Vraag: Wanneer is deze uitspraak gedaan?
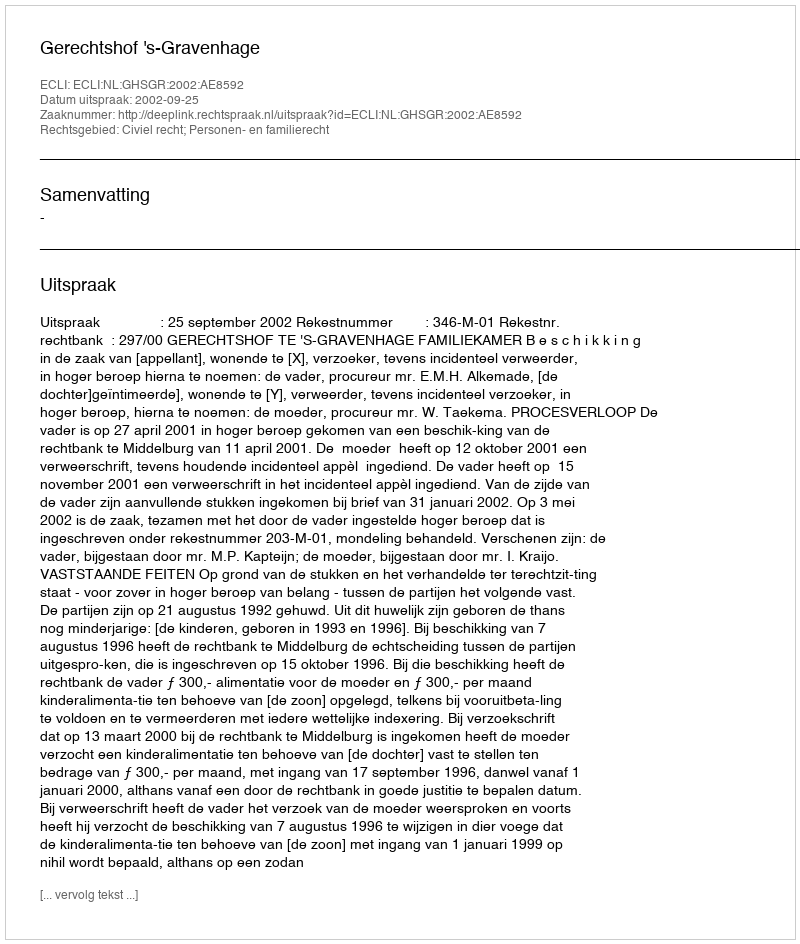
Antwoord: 2002-09-25